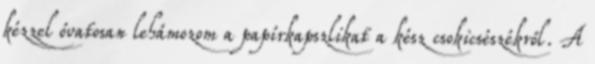
kézzel óvatosan lehámozom a papírkapszlikat a kész csokicsészékről. A